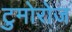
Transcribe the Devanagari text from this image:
टुमोरोज